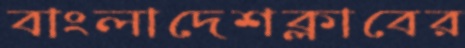
বাংলাদেশক্লাবের